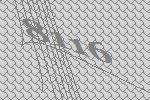
8116